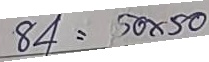
84 = 50 x 50